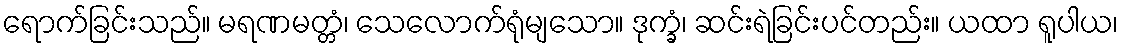
ရောက်ခြင်းသည်။ မရဏမတ္တံ၊ သေလောက်ရုံမျသော။ ဒုက္ခံ၊ ဆင်းရဲခြင်းပင်တည်း။ ယထာ ရူပါယ၊